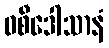
ဝစီဒေါသာနံ